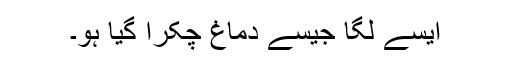
ایسے لگا جیسے دماغ چکرا گیا ہو۔